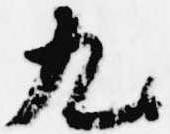
九